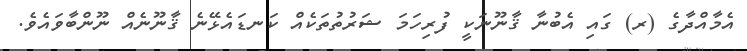
އެމާއްދާގެ (ރ) ގައި އެބުނާ ޤާނޫނަކީ ފުރިހަމަ ޝަރުތުތަކެއް ކަނޑައެޅޭނެ ޤާނޫނެއް ނޫންބާވައެވެ.